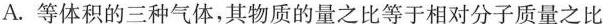
A.等体积的三种气体，其物质的量之比等于相对分子质量之比